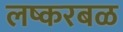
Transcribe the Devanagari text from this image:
लष्करबळ